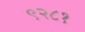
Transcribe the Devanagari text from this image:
९२८१